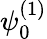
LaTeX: \psi_{0}^{(1)}